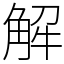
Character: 解